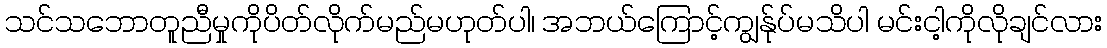
သင်သဘောတူညီမှုကိုပိတ်လိုက်မည်မဟုတ်ပါ၊ အဘယ်ကြောင့်ကျွန်ုပ်မသိပါ မင်းငါ့ကိုလိုချင်လား